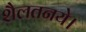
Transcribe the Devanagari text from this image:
शैलतनये।